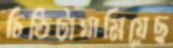
চিঠিটাঘামিয়েছ